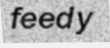
feedy